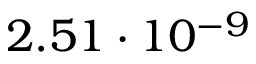
2 . 5 1 \cdot 1 0 ^ { - 9 }